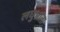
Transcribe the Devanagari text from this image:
लघुभ्राता